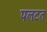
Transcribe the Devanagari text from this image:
पलटत